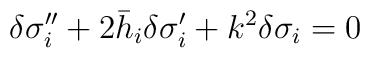
\delta\sigma_i''+2\bar{h}_i\delta\sigma_i' + k^2\delta\sigma_i=  0